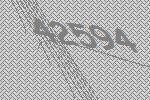
42594